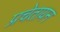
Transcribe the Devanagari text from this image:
प्रचेतायन